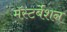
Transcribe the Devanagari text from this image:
मॅस्टर्बेशन